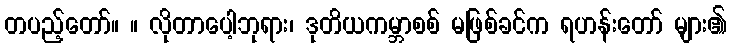
တပည့်တော်။ ။ လိုတာပေါ့ဘုရား၊ ဒုတိယကမ္ဘာစစ် မဖြစ်ခင်က ရဟန်းတော် များ၏